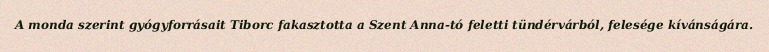
A monda szerint gyógyforrásait Tiborc fakasztotta a Szent Anna-tó feletti tündérvárból, felesége kívánságára.